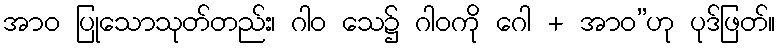
အာဝ ပြုသောသုတ်တည်း၊ ဂါဝ သေ၌ ဂါဝကို ဂေါ + အာဝ”ဟု ပုဒ်ဖြတ်။